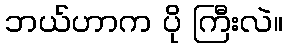
ဘယ်ဟာက ပို ကြီးလဲ။